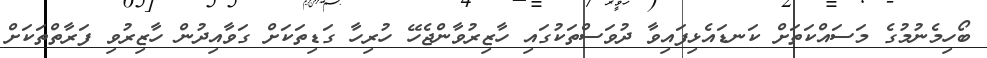
ބޯހިމެނުމުގެ މަސައްކަތަށް ކަނޑައެޅިފައިވާ ދުވަސްތަކުގައި ހާޒިރުވާންޖެހޭ ހުރިހާ ގަޑިތަކަށް ގަވާއިދުން ހާޒިރުވި ފަރާތްތަކަށް